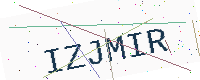
Text: IZJMIR